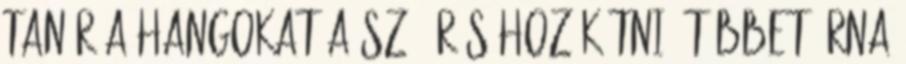
tanár a hangokat a szó írásához kötni, többet írna